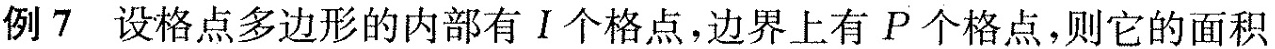
例7设格点多边形的内部有Ⅰ个格点，边界上有P个格点，则它的面积